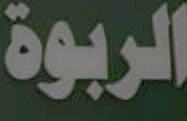
الربوة